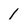
Character: 1